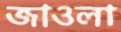
জাওলা